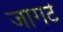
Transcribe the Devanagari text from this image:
जागटॆ